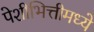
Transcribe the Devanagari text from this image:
पेशीभित्तीमध्ये